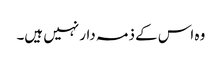
وہ اس کے ذمہ دار نہیں ہیں۔